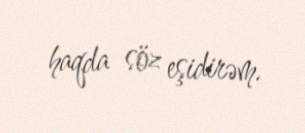
haqda söz eşidirəm.